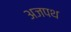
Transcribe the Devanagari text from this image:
अजपथ